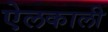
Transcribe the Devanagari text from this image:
ऐलकाली